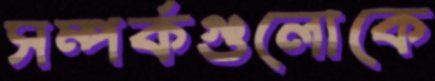
সম্পর্কগুলোকে